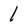
Character: 1